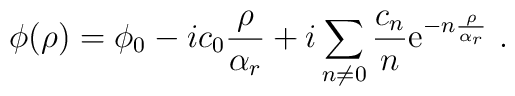
\phi(\rho)= \phi_0 -ic_0{\rho\over \alpha_r}+i\sum\limits_{n\neq 0}\frac{c_n}{n}{\rm e}^{-n{\rho\over \alpha_r}}\ .